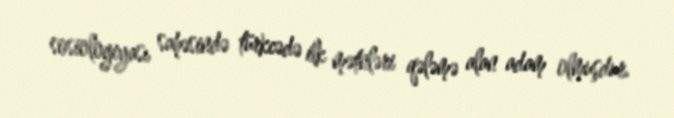
sosiologiyası sahəsində türkcədə ilk mətnləri qələmə alan adam olmuşdur.